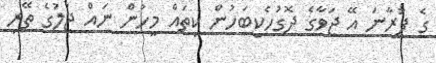
ގެ ފުރާނަ އޭ ޖަވާގެ ދޮގުހެކިބަހުން ކިތައް މީހުން ނައް ޖަލުގެ ތޭރި